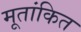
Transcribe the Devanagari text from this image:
मूतांकित